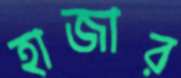
হাজার